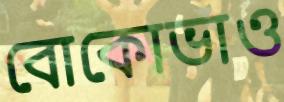
বোকোভাও